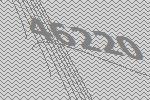
46220